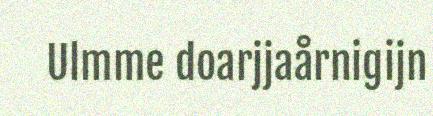
Ulmme doarjjaårnigijn